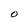
Character: O